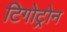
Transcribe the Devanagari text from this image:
टिगोट्रोन